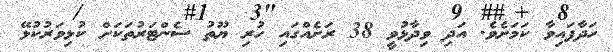
ހަދާފައިވާ ކަމަށެވެ. އަދި ވިދާޅުވީ 38 ރަށެއްގައި ހުރި ޔޫތު ސެންޓަރުތަކަށް ކުޅިވަރުކުޅޭ